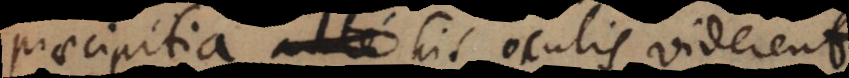
praecipitia his oculis viderent.